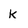
Character: k